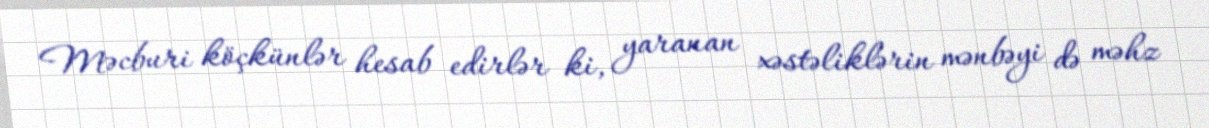
Məcburi köçkünlər hesab edirlər ki, yaranan xəstəliklərin mənbəyi də məhz